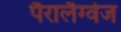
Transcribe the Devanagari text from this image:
पैरालैग्वेज